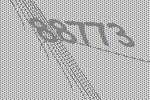
88773